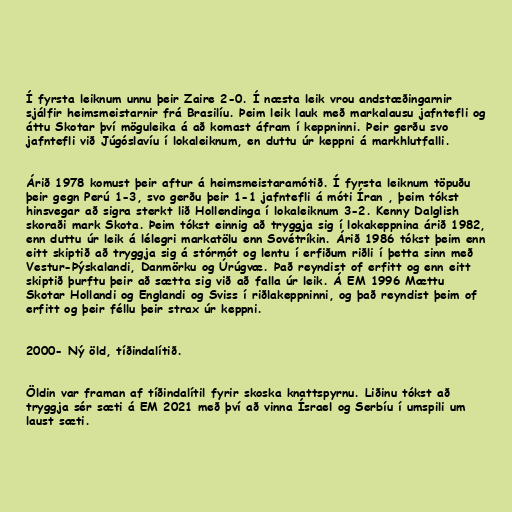
Í fyrsta leiknum unnu þeir Zaire 2-0. Í næsta leik vrou andstæðingarnir
sjálfir heimsmeistarnir frá Brasilíu. Þeim leik lauk með markalausu jafntefli og
áttu Skotar því möguleika á að komast áfram í keppninni. Þeir gerðu svo
jafntefli við Júgóslavíu í lokaleiknum, en duttu úr keppni á markhlutfalli.

Árið 1978 komust þeir aftur á heimsmeistaramótið. Í fyrsta leiknum töpuðu
þeir gegn Perú 1-3, svo gerðu þeir 1-1 jafntefli á móti Íran , þeim tókst
hinsvegar að sigra sterkt lið Hollendinga í lokaleiknum 3-2. Kenny Dalglish
skoraði mark Skota. Þeim tókst einnig að tryggja sig í lokakeppnina árið 1982,
enn duttu úr leik á lélegri markatölu enn Sovétríkin. Árið 1986 tókst þeim enn
eitt skiptið að tryggja sig á stórmót og lentu í erfiðum riðli í þetta sinn með
Vestur-Þýskalandi, Danmörku og Úrúgvæ. Það reyndist of erfitt og enn eitt
skiptið þurftu þeir að sætta sig við að falla úr leik. Á EM 1996 Mættu
Skotar Hollandi og Englandi og Sviss í riðlakeppninni, og það reyndist þeim of
erfitt og þeir féllu þeir strax úr keppni.

2000- Ný öld, tíðindalítið.

Öldin var framan af tíðindalítil fyrir skoska knattspyrnu. Liðinu tókst að
tryggja sér sæti á EM 2021 með því að vinna Ísrael og Serbíu í umspili um
laust sæti.